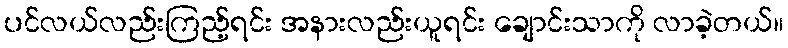
ပင်လယ်လည်းကြည့်ရင်း အနားလည်းယူရင်း ချောင်းသာကို လာခဲ့တယ်။